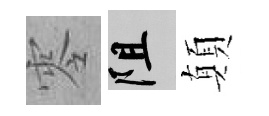
零阻顛